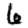
Digit: 6